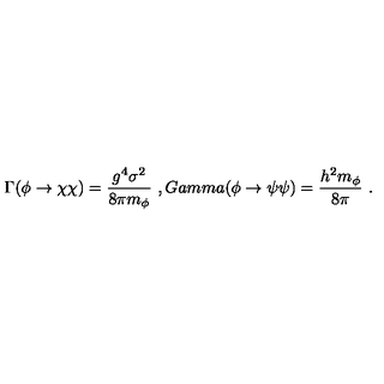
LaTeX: \Gamma ( \phi \to \chi \chi ) = { \frac { g ^ { 4 } \sigma ^ { 2 } } { 8 \pi m _ { \phi } } } \ , G a m m a ( \phi \to \psi \psi ) = { \frac { h ^ { 2 } m _ { \phi } } { 8 \pi } } \ .